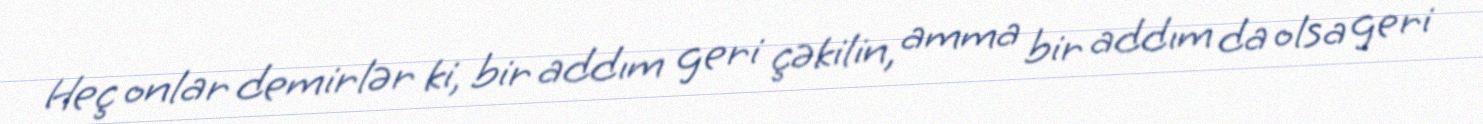
Heç onlar demirlər ki, bir addım geri çəkilin, amma bir addım da olsa geri